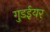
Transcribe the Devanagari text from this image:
गुडईयर